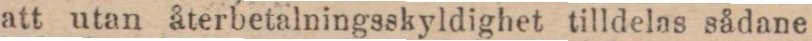
att utan återbetalningsskyldighet tilldelas sådane